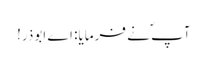
آپ ؐنے فرمایا: اے ابوذر!